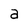
Character: a